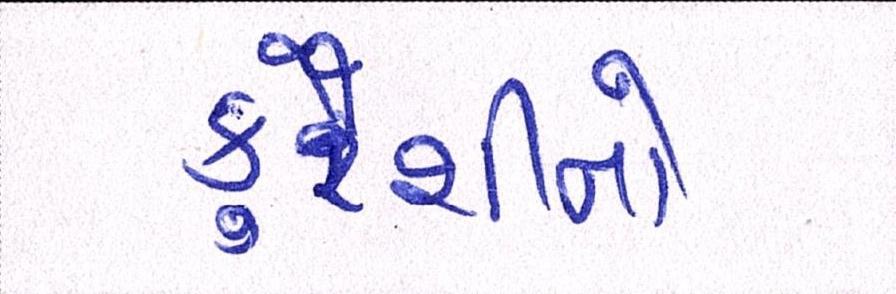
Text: કુરૈશીનો